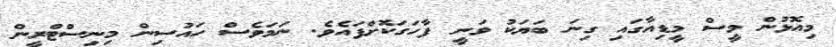
މިއޮޅުން މީސް މީޑިއާގައި ގިނަ ބަޔަކު ވަނީ ފާހަގަކޮށްފައެވެ. ނަމަވެސް ހައުސިން މިނިސްޓްރީން